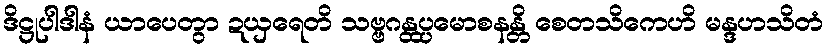
ဒိဋ္ဌုပါဒါနံ ယာပေတွာ ဍယှရေတိ သဗ္ဗဂန္ထပ္ပမောစနန္တိ စေတသိကေဟိ မန္ဒဟသိတံ